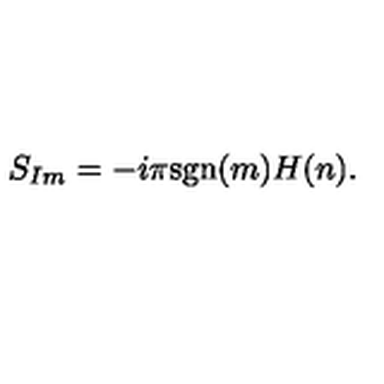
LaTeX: S _ { I m } = - i \pi \mathrm { s g n } ( m ) H ( n ) .